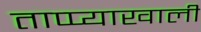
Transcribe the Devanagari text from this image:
ताप्प्याखाली